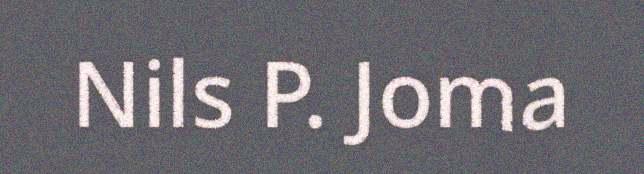
Nils P. Joma